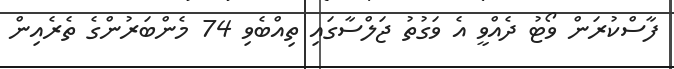
ފާސްކުރަން ވޯޓު ދެއްވީ އެ ވަގުތު ޖަލްސާގައި ތިއްބެވި 74 މެންބަރުންގެ ތެރެއިން